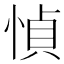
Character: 𫺤